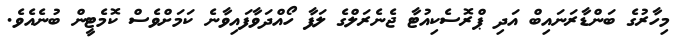
މިހާރުގެ ބަންޑާރަނައިބް އަދި ޕްރޮސެކިއުޓާ ޖެނެރަލްގެ ލަފާ ހޯއްދަވާފައިވާނެ ކަމަށްވެސް ކޮމެޓީން ބުނެއެވެ.